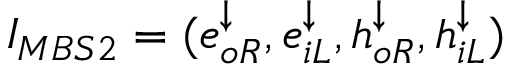
I _ { M B S 2 } = ( e _ { o R } ^ { \downarrow } , e _ { i L } ^ { \downarrow } , h _ { o R } ^ { \downarrow } , h _ { i L } ^ { \downarrow } )